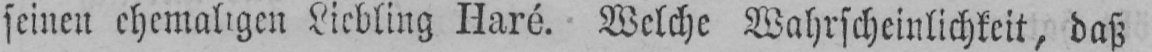
seinen ehemaligen Liebling Haré. Welche Wahrscheinlichkeit, daß